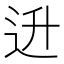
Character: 𬨠